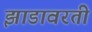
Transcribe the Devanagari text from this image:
झाडावरती